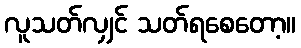
လူသတ်လျှင် သတ်ရစေတော့။